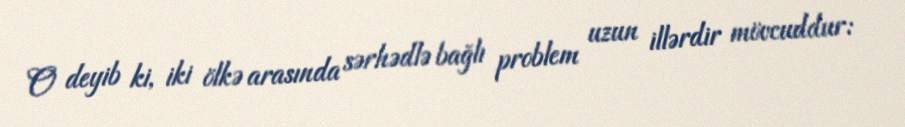
O deyib ki, iki ölkə arasında sərhədlə bağlı problem uzun illərdir mövcuddur: